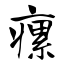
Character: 瘰